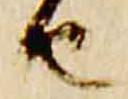
由